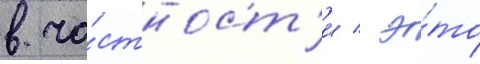
в ча́стност'и / э́то